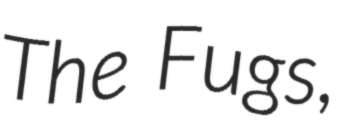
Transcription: The Fugs,